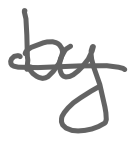
Text: by
Cross-out: single-line
Writing tool: digital_gray